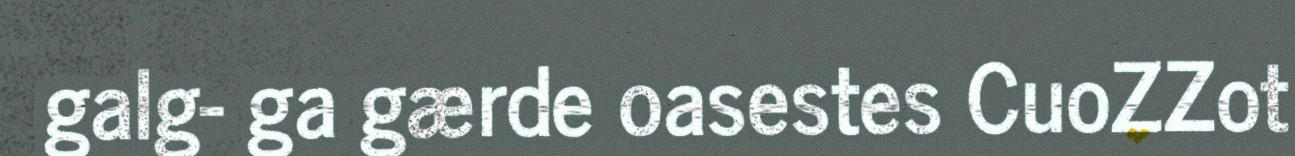
galg- ga gærde oasestes CuoZZot